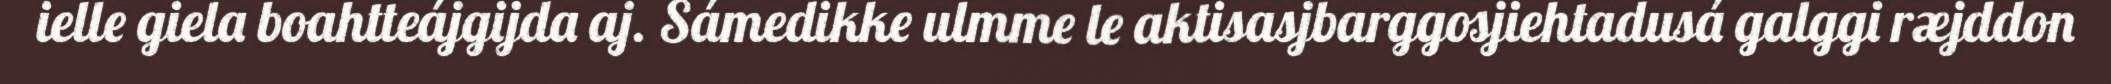
ielle giela boahtteájgijda aj. Sámedikke ulmme le aktisasjbarggosjiehtadusá galggi ræjddon